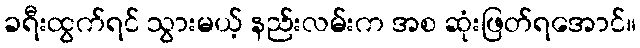
ခရီးထွက်ရင် သွားမယ့် နည်းလမ်းက အစ ဆုံးဖြတ်ရအောင်။